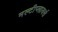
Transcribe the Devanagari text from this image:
मल्टीप्लायर्स